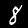
Digit: 8